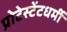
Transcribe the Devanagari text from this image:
प्रोटेस्टेंटधर्मी